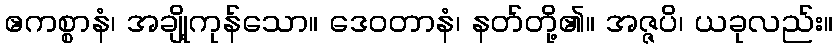
ဧကစ္စာနံ၊ အချို့ကုန်သော။ ဒေဝတာနံ၊ နတ်တို့၏။ အဇ္ဇပိ၊ ယခုလည်း။